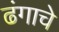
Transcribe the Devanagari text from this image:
ढंगाचे